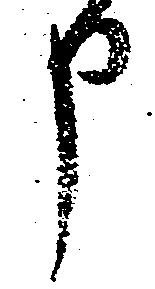
申